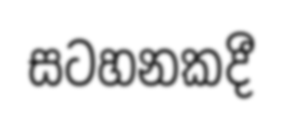
සටහනකදී